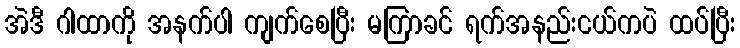
အဲဒီ ဂါထာကို အနက်ပါ ကျက်စေပြီး မကြာခင် ရက်အနည်းငယ်ကပဲ ထပ်ပြီး